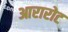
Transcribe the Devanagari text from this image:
आरारोट